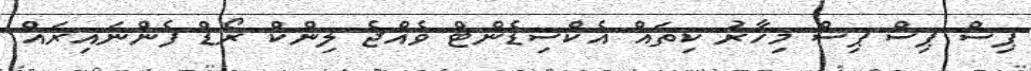
ޕިސް ޕިސް ޕިސް މިހާރު ކިތައް އެކްސިޑެންޓް ވެއްޖެ ލިންކް ރޯޑް ފެންނައިރައް